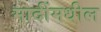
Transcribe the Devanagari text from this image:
मादींमधील